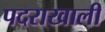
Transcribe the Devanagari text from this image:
पदराखाली